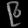
Digit: ၉